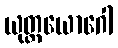
ယုတ္တယောဂေါ